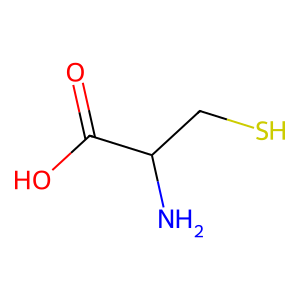
SMILES: NC(CS)C(=O)O
Inhibits HIV replication: No